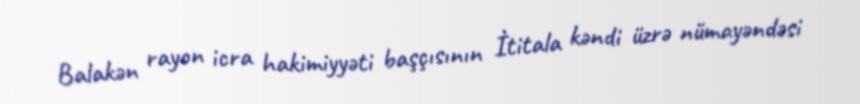
Balakən rayon icra hakimiyyəti başçısının İtitala kəndi üzrə nümayəndəsi